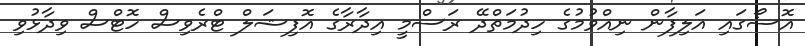
އޮސޯގައި އަލިފާން ނިއްވުމުގެ ހިދުމަތްދޭ ރަސްމީ އިދާރާގެ އޮފިޝަލް ޓްރެވިސް ހޮޓްސް ވިދާޅުވި